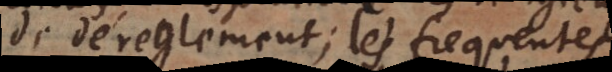
de déreglement; les frequentes